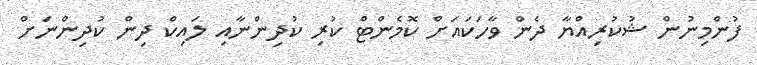
ފުންމިނުން ޝުކުރިއްޔާ ދެން ވާހަކައަށް ކޮމެންޓް ކުރި ކުދިންނާއި ލައިކް ދިން ކުދިންނަށް